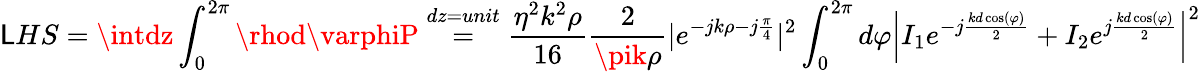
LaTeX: \mathsf{L}HS=\intdz\int_{0}^{2\pi}\rhod\varphiP\stackrel{dz=unit}{=}\frac{{\eta^{2}k^{2}\rho}}{{16}}\frac{{2}}{{\pik\rho}}|e^{-jk\rho-j\frac{{\pi}}{{4}}}|^{2}\int_{0}^{2\pi}d\varphi\left|I_{1}e^{-j\frac{{kd\cos(\varphi)}}{{2}}}+I_{2}e^{j\frac{{kd\cos(\varphi)}}{{2}}}\right|^{2}